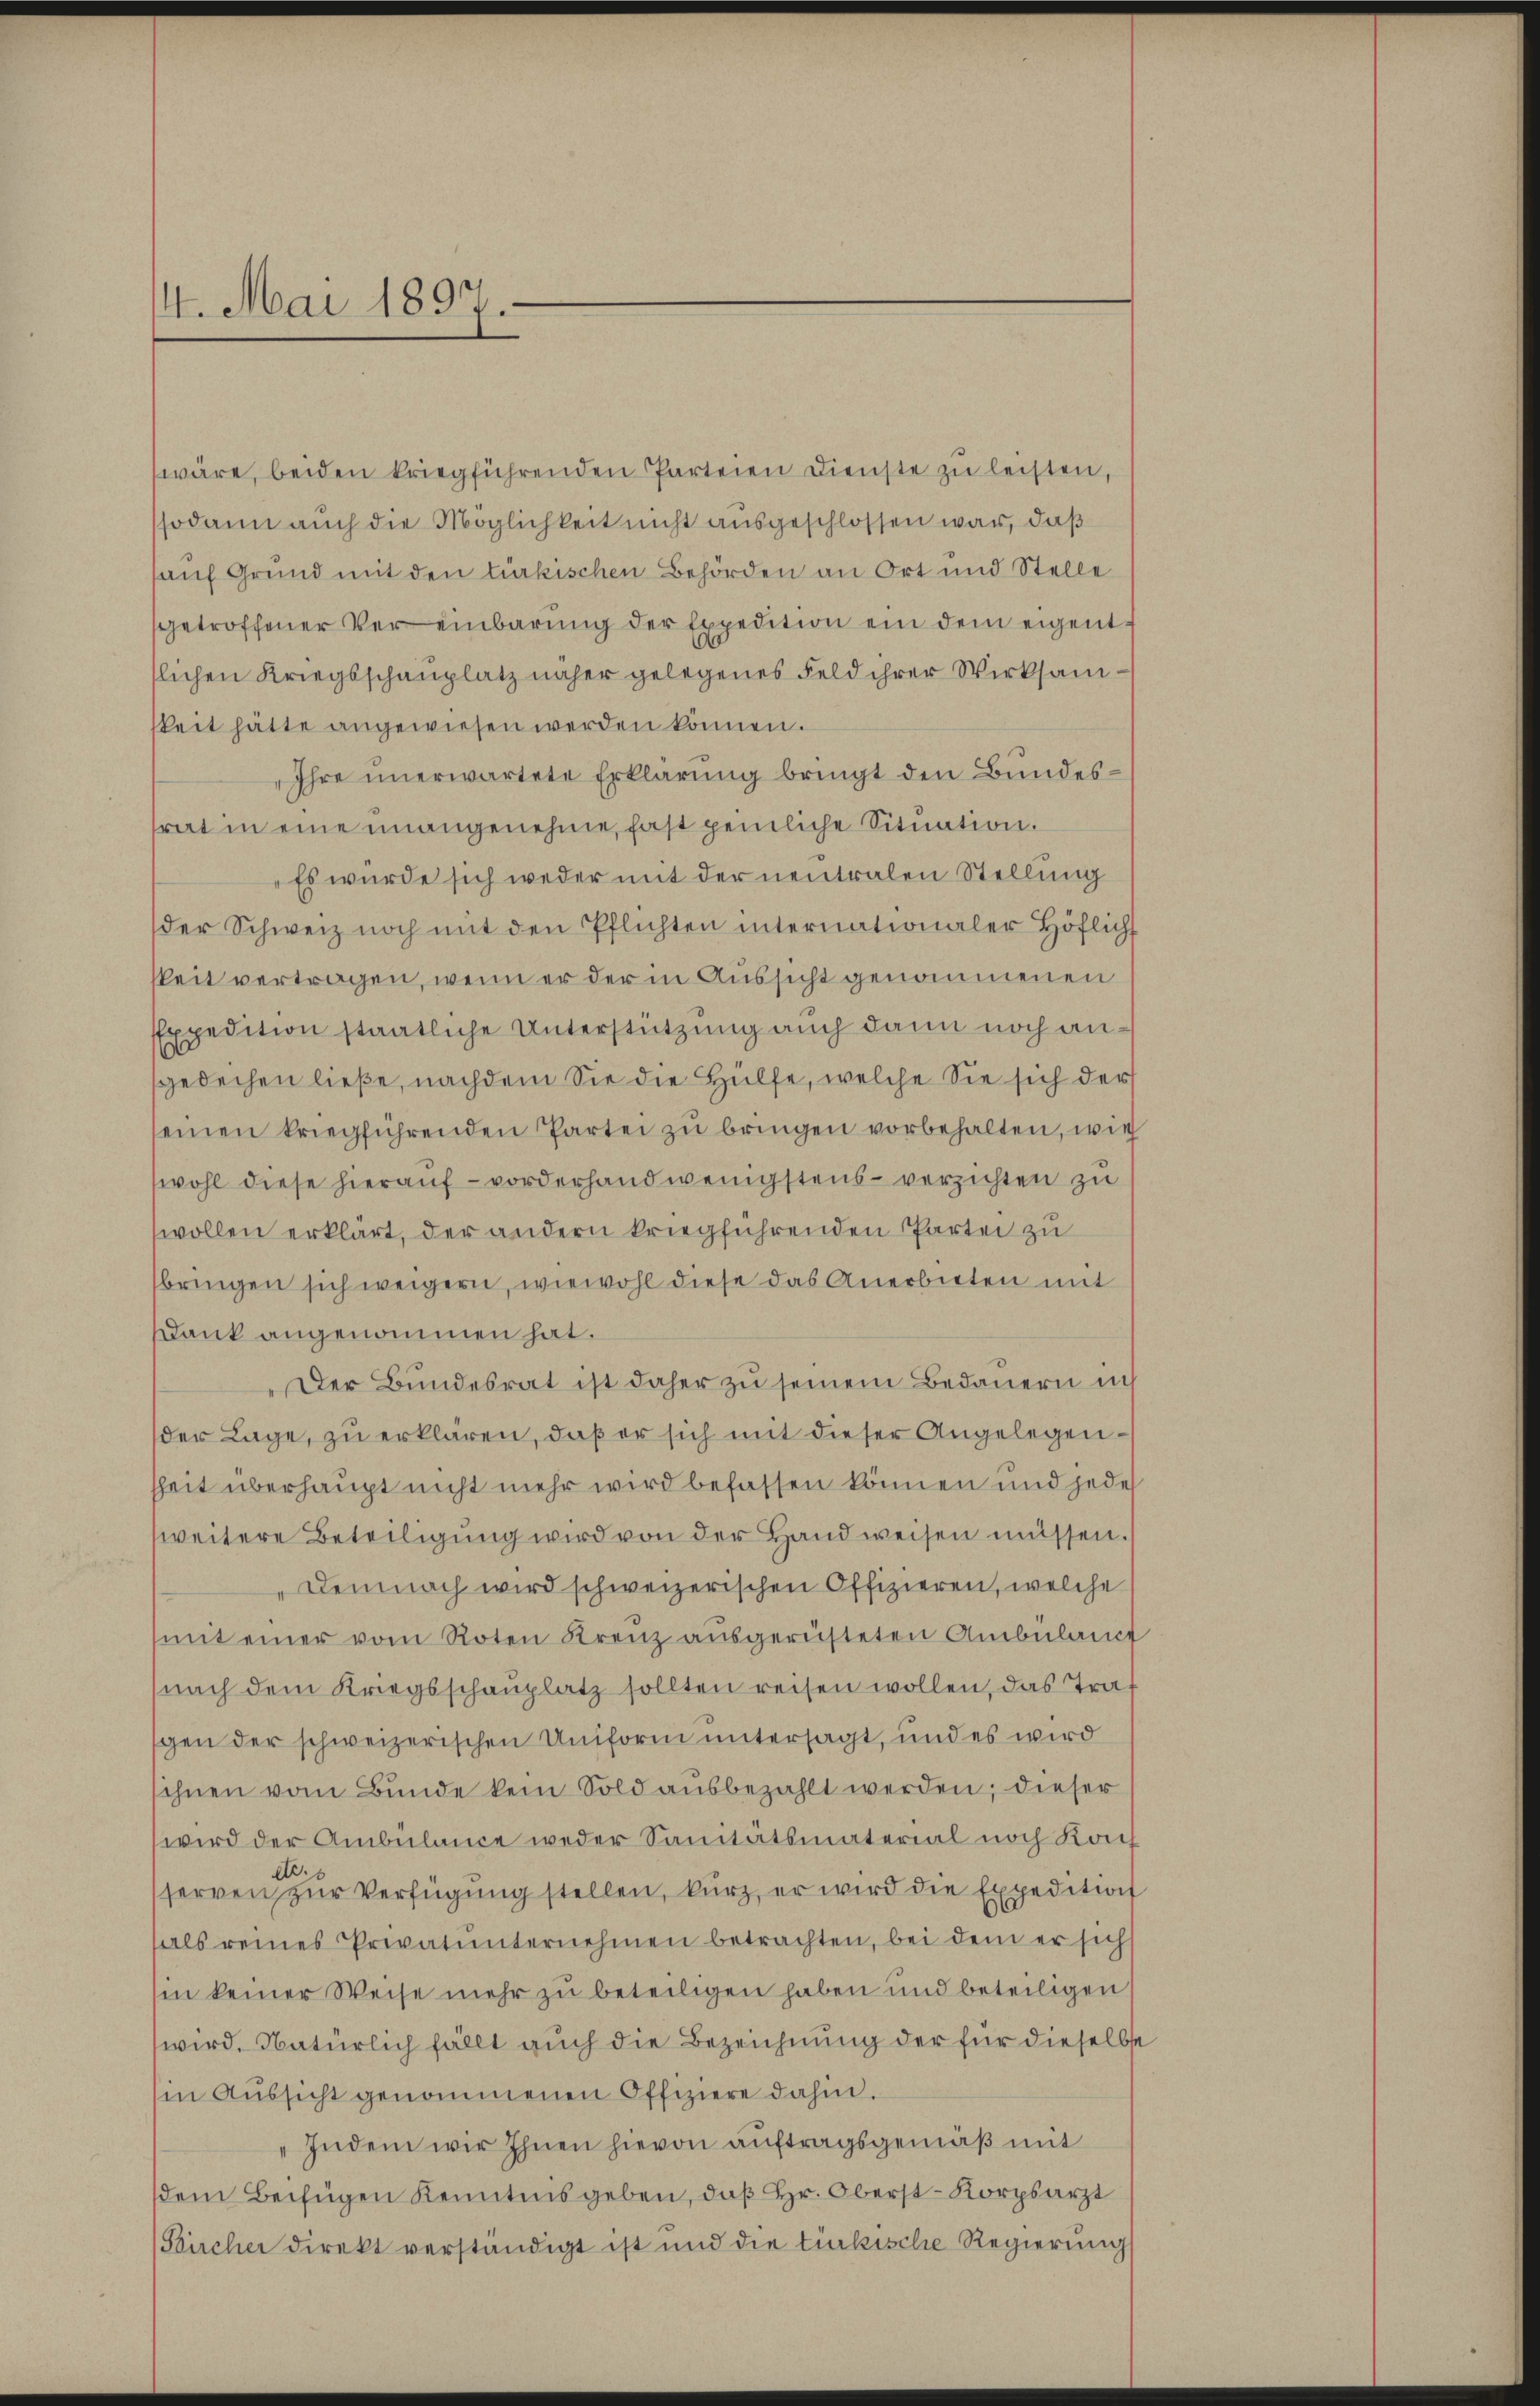
4. Mai 1897.

wäre, beiden kriegführenden Parteien Dienste zu leisten,
sodann auch die Möglichkeit nicht ausgeschlossen war, daß
auf Grund mit den türkischen Behörden an Ort und Stelle
getroffener Vereinbarung der Expedition ein dem eigentslichen Kriegsschauplatz näher gelegenes Feld ihrer Wirksamkeit hätte angewiesen werden können.
Ihre unerwartete Erklärung bringt den Bundestrat in eine unangenehme, fast peinliche Situation.
Es wurde sich weder mit der neutralen Stellung
der Schweiz noch mit den Pflichten internationaler Höflicht
keit vertragen, wenn er der in Aussicht genommenen
Expedition staatliche Unterstützung auch dann noch angedechen ließe, nachdem Sie die Hülfe, welche Sie sich der
seinen kriegführenden Partei zu bringen vorbehalten, wie
wohl diese hierauf - vorderhand wenigstens – verzichten zu
wollen erklärt, der andern kriegführenden Partei zu
bringen sich weigern, wiewohl diese das Anerbieten mit
Dank angenommen hat.
Der Bundesrat ist daher zu seinem Bedauern in
der Lage, zu erklären, daß er sich mit dieser Angelegenhheit überhaupt nicht mehr wird befassen können und jede
weitere Beteiligŭng wird von der Hand weisen müssen.
Demnach wird schweizerischen Offizieren, welche
mit einer vom Roten Krenz ausgerüsteten Ambülanct
nach dem Kriegsschanplatz sollten reisen wollen, das Tra
gen der schweizerischen Uniform untersagt, und es wird
ihnen vom Bunde kein Sold ausbezahlt werden; dieser
wird der Ambülance weder Sanitätsmaterial noch Konf
serven zur Verfügung stellen, kurz, er wird die Expedition
als reines Privatunternehmen betrachten, bei dem er sich
in keiner Weise mehr zu beteiligen haben und beteiligen
wird. Natürlich fällt auch die Bezeichnung der für dieselbe
in Aussicht genommenen Offiziere dahin.
„Indem wir Ihnen hievon auftragsgemäß mit
dem Beifügen Kenntnis geben, daß Hr. Oberst-Korpsarzt
Bircher direkt verständigt ist und die türkische Regierung